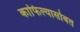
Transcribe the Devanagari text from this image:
काफिल्यासोबत